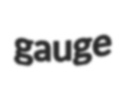
gauge